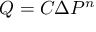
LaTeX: Q = C { \Delta } P ^ { n } \,